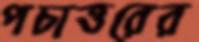
পচাত্তরের